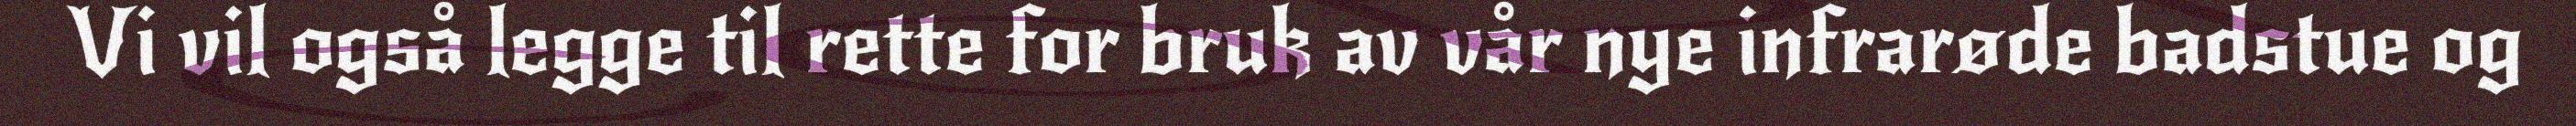
Vi vil også legge til rette for bruk av vår nye infrarøde badstue og